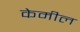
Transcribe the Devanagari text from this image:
केमील